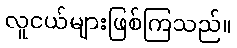
လူငယ်များဖြစ်ကြသည်။